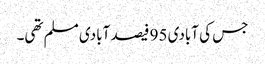
جس کی آبادی 95 فیصد آبادی مسلم تھی۔